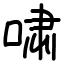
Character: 啸